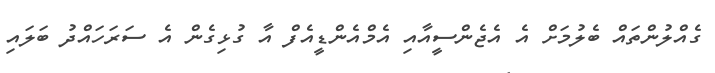
ގެއްލުންތައް ބެލުމަށް އެ އެޖެންސީއާއި އެމްއެންޑީއެފް އާ ގުޅިގެން އެ ސަރަހައްދު ބަލައި